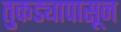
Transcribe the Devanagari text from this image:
तुकड्यापासून